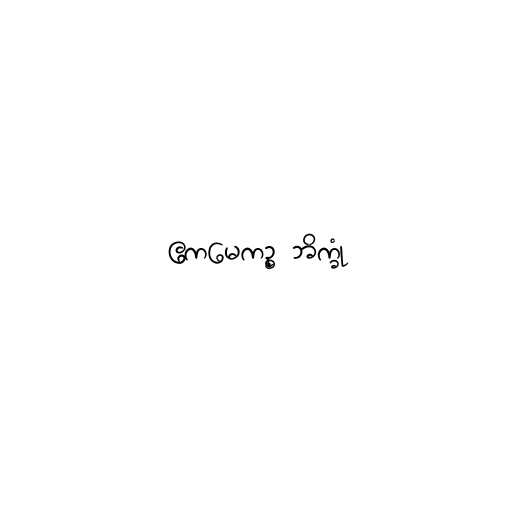
ဧကမေကဉ္စ ဘိက္ခုံ